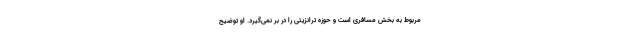
مربوط به بخش مسافری است و حوزه ترانزیتی را در بر نمی‌گیرد. او توضیح